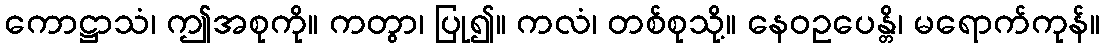
ကောဋ္ဌာသံ၊ ဤအစုကို။ ကတွာ၊ ပြု၍။ ကလံ၊ တစ်စုသို့။ နေဝဥပေန္တိ၊ မရောက်ကုန်။